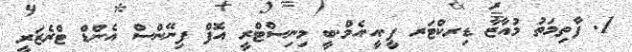
1. ފާތިމަތު މުއާޒާ ޑިރކްޓަރ ޕީ.އީ.އެމް.ބީ މިނިސްޓްރީ އޮފް ފިނޭންސް އެންޑް ޓްރެޒަރީ